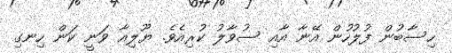
ހިސާބުން ފުލުހުން އޭނާ އާއި ސުވާލު ކުރިއެވެ. ޔޫލިއާ ވަނީ ކަން ހިނގި